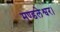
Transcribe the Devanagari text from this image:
मण्डलेश्वर।